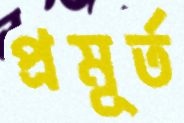
প্রমূর্ত